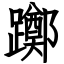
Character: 躑